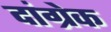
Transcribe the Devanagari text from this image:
दांग्रेक